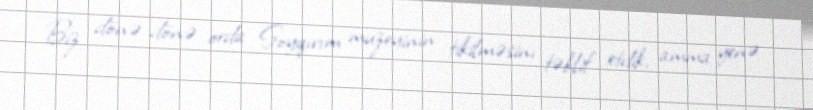
Biz dönə-dönə orda Soyqırım muzeyinin tikilməsinı təklif etdik, amma yenə